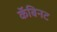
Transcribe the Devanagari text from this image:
कॅबिनट